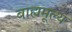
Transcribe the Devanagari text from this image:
बाह्यमूल्य